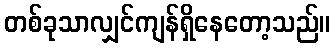
တစ်ခုသာလျှင်ကျန်ရှိနေတော့သည်။